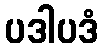
ပဒါပဒံ